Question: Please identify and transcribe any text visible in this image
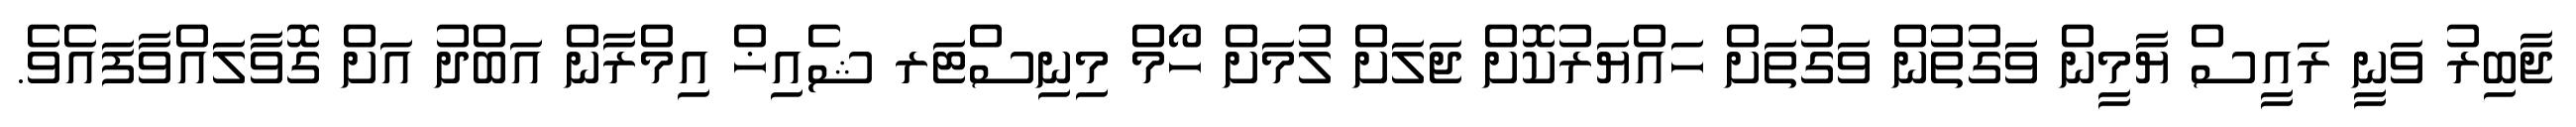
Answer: ޖާބިރު ވަނީ ރައީސް ޔާމީން ވަގުތުން ވަގުތަށް ހައްޔަރުކޮށް ޖަލަށް ލުމަށް ހޯމް މިނިސްޓަރ ޝެއިޚް އިމްރާން އަބްދު އަށް ގޮވާލައްވާފައެވެ.